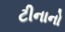
ટીનાનો